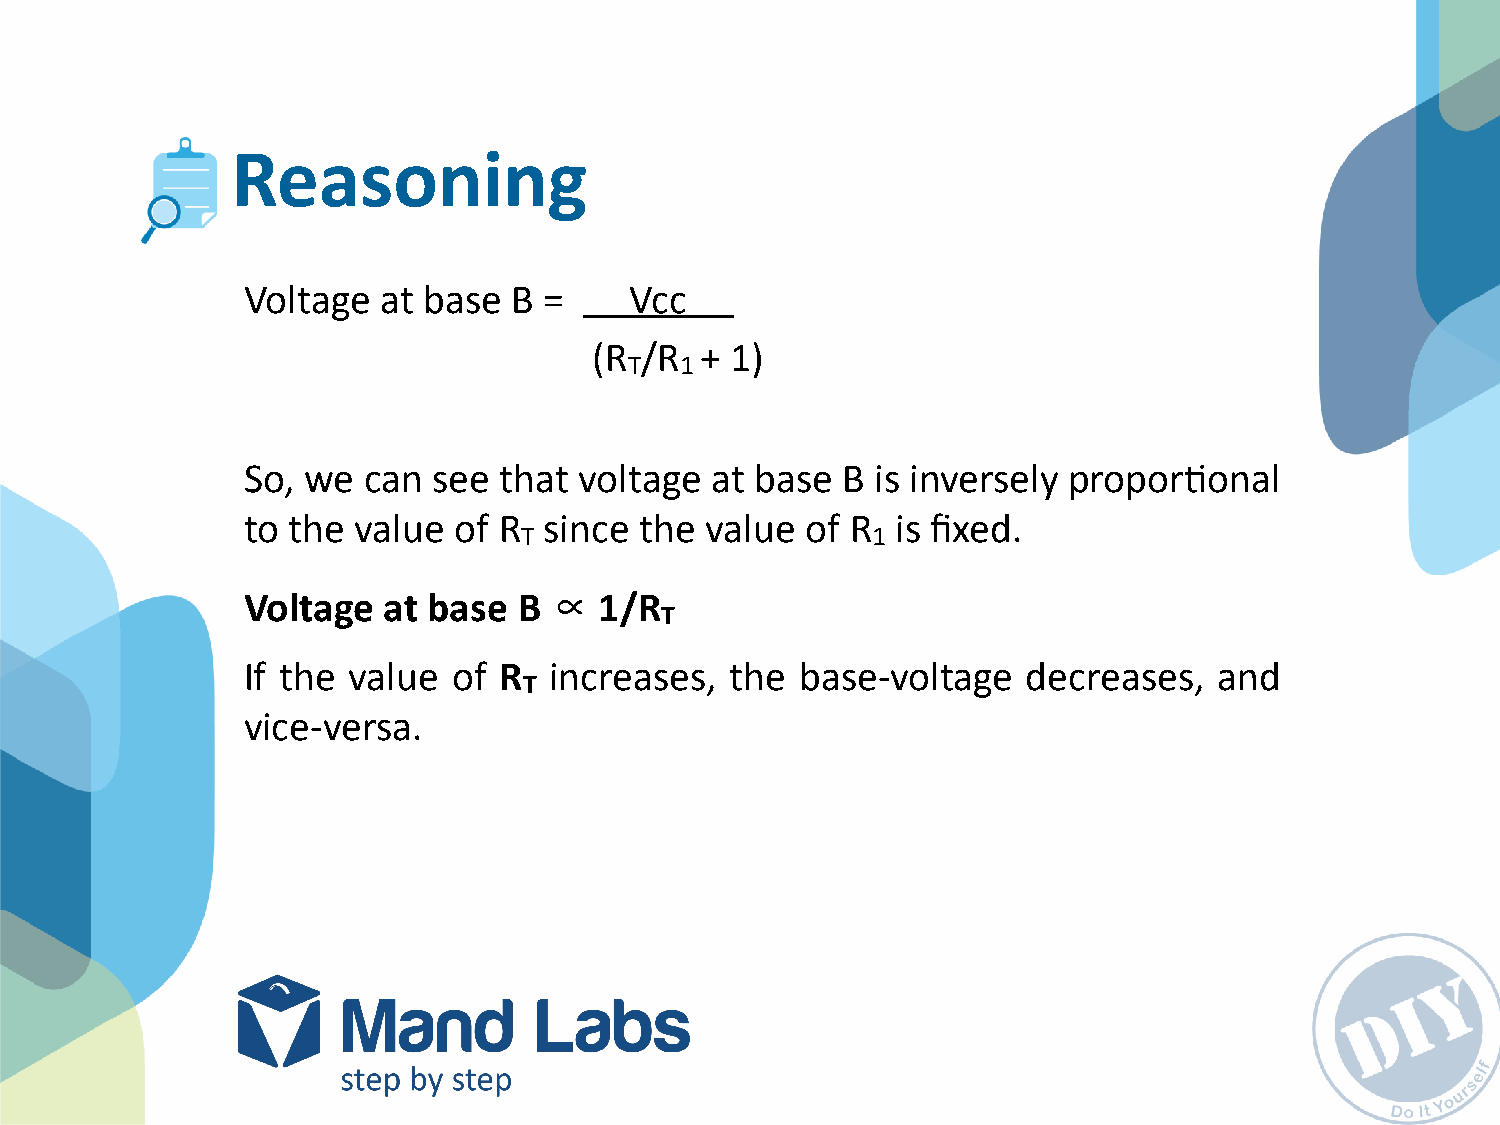
Reasoning
 Voltage  at base  B =     Vcc
 (R /R  + 1)
 T  1
 So, we  can  see that voltage  at base  B is inversely proporPonal
 to the value  of R  since the  value of R  is fixed.
 T                      1
 ∝
 Voltage  at base  B     1/R
 T
 If the value  of R  increases,  the  base-­‐voltage decreases,   and
 T
 vice-­‐versa.